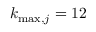
k _ { \mathrm { m a x } , j } = 1 2